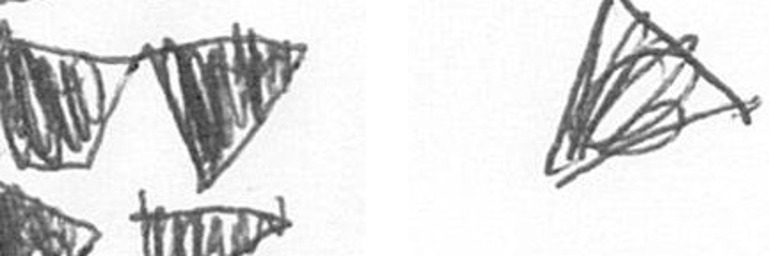
B O